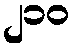
၂၁၀